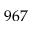
9 6 7